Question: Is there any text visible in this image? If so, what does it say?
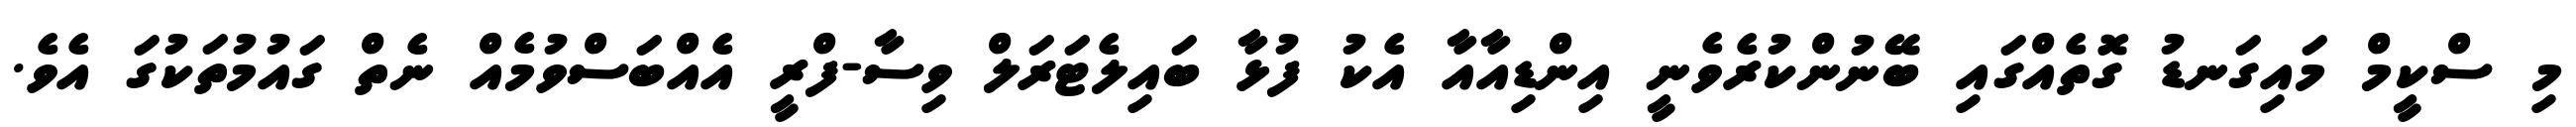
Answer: މި ސްކީމް މައިގަނޑު ގޮތެއްގައި ބޭނުންކުރެވެނީ އިންޑިއާއާ އެކު ފުޅާ ބައިލެޓަރަލް ވިސާ-ފްރީ އެއްބަސްވުމެއް ނެތް ގައުމުތަކުގަ އެވެ.